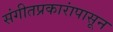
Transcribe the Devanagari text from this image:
संगीतप्रकारांपासून